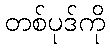
တစ်ပုဒ်ကို